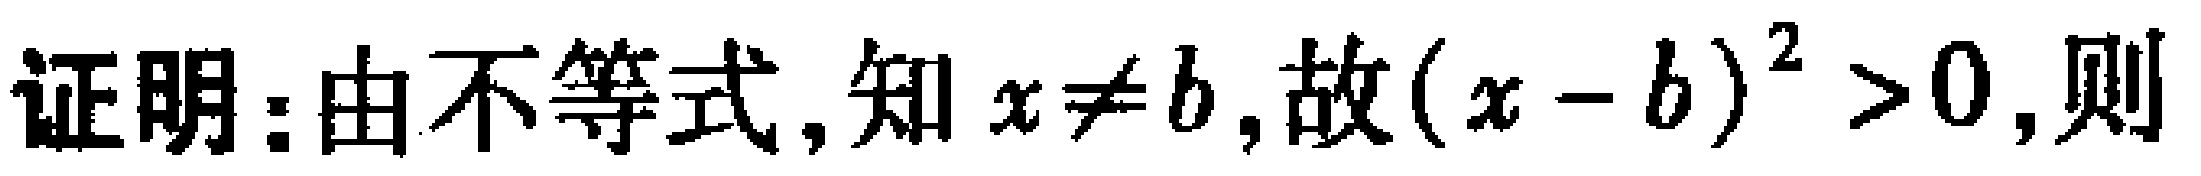
证明：由不等式, 知 \(x\neq b\), 故 \((x - b)^{2}>0\), 则